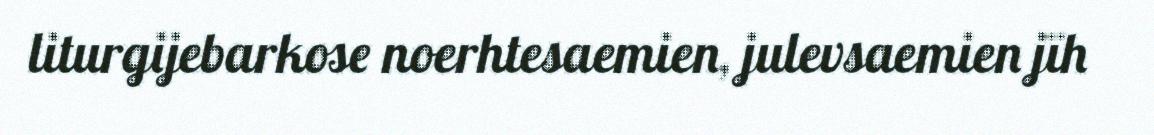
liturgijebarkose noerhtesaemien, julevsaemien jïh